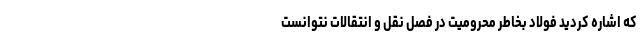
که اشاره کردید فولاد بخاطر محرومیت در فصل نقل و انتقالات نتوانست